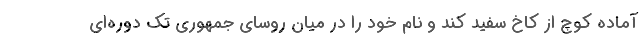
آماده کوچ از کاخ سفید کند و نام خود را در میان روسای جمهوری تک دوره‌ای